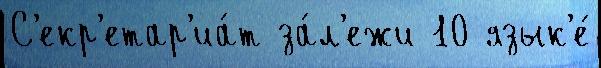
С'екр'етар'иа́т за́л'ежи 10 язык'е́